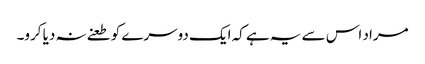
مراد اس سے یہ ہے کہ ایک دوسرے کو طعنے نہ دیا کرو۔